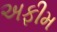
અફીમ